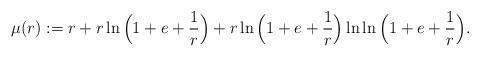
LaTeX: \begin{align*}\mu(r) := r + r \ln \Big( 1+e+ \frac{1}{r}\Big) + r \ln\Big( 1+e+ \frac{1}{r}\Big) \ln \ln \Big(1+e + \frac{1}{r}\Big).\end{align*}